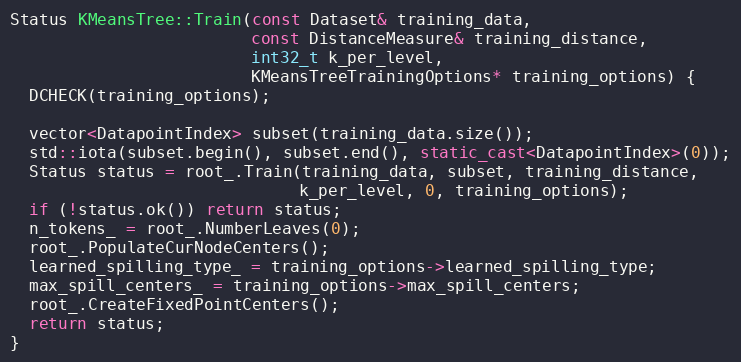
Language: C++
Status KMeansTree::Train(const Dataset& training_data,
                         const DistanceMeasure& training_distance,
                         int32_t k_per_level,
                         KMeansTreeTrainingOptions* training_options) {
  DCHECK(training_options);

  vector<DatapointIndex> subset(training_data.size());
  std::iota(subset.begin(), subset.end(), static_cast<DatapointIndex>(0));
  Status status = root_.Train(training_data, subset, training_distance,
                              k_per_level, 0, training_options);
  if (!status.ok()) return status;
  n_tokens_ = root_.NumberLeaves(0);
  root_.PopulateCurNodeCenters();
  learned_spilling_type_ = training_options->learned_spilling_type;
  max_spill_centers_ = training_options->max_spill_centers;
  root_.CreateFixedPointCenters();
  return status;
}